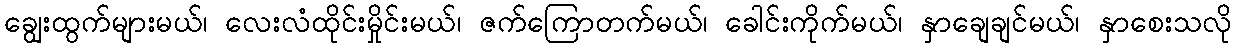
ချွေးထွက်များမယ်၊ လေးလံထိုင်းမှိုင်းမယ်၊ ဇက်ကြောတက်မယ်၊ ခေါင်းကိုက်မယ်၊ နှာချေချင်မယ်၊ နှာစေးသလို